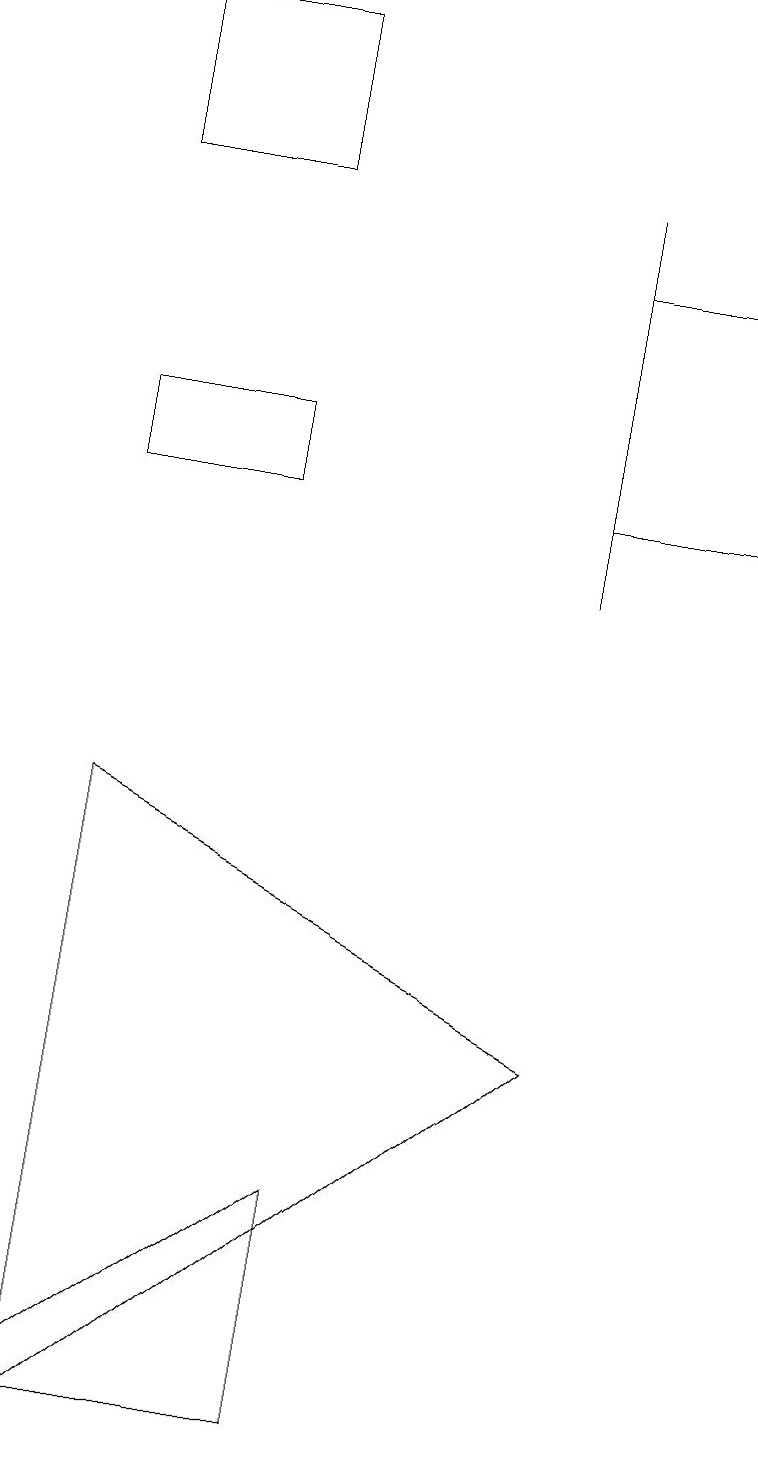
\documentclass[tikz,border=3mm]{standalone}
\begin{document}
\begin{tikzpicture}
\draw (7,5) -- (1,8) -- (1,0) -- cycle;
\draw (7,11) rectangle (7,16);
\draw (7,15) rectangle (9,12);
\draw (1,13) rectangle (3,12);
\draw (3,16) rectangle (1,18);
\draw (4,3) -- (4,0) -- (0,0) -- cycle;
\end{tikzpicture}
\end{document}